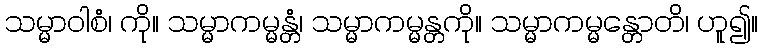
သမ္မာဝါစံ၊ ကို။ သမ္မာကမ္မန္တံ၊ သမ္မာကမ္မန္တကို။ သမ္မာကမ္မန္တောတိ၊ ဟူ၍။